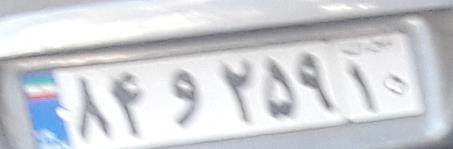
۸۴و۲۵۹۱۰